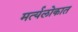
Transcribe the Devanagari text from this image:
मर्त्यलोकात